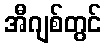
အီဂျစ်တွင်